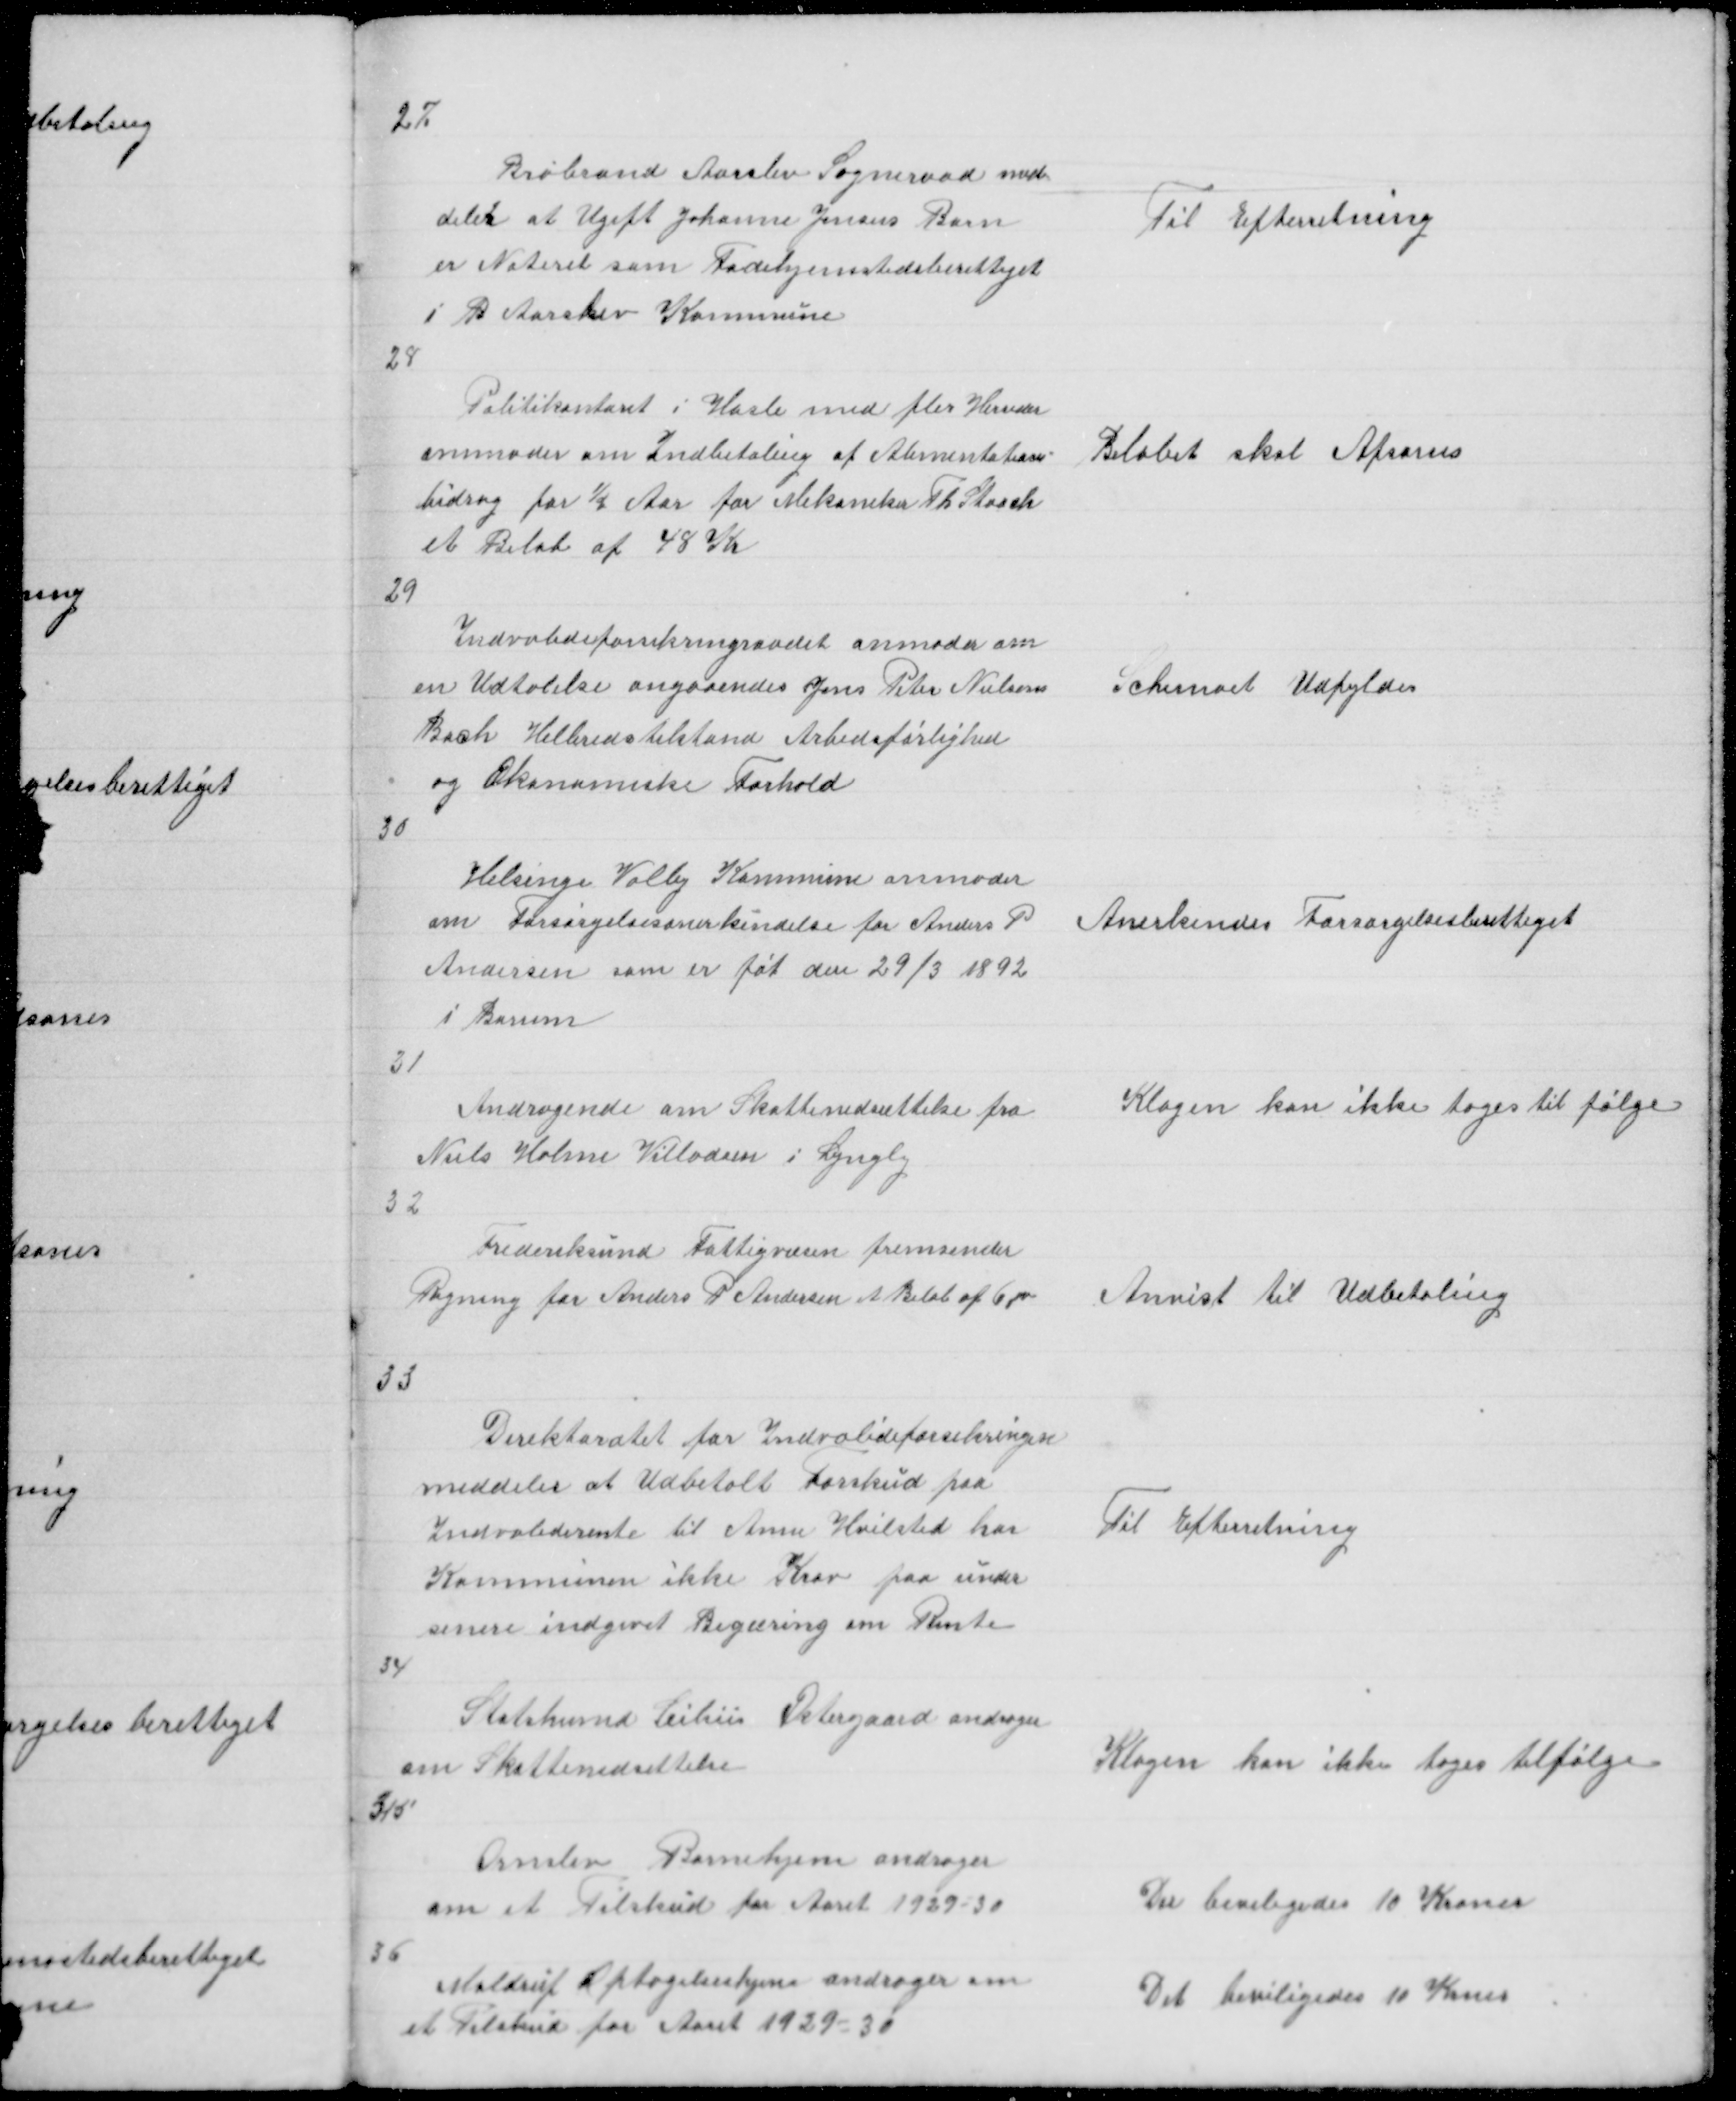
Transskription:
27

Brabrand Aarslev Sogneraad med =
deler at Ugift Johanne Jensns Barn
er Noteret som Fødehjemstedsberettiget
i B Aarslev Kommune

Til Efterretning

28

Politikontoret i Hasle med fler Herreder
anmoder om Indbetaling af Alimentation =
bidrag for ½ Aar for Mekaniker Th Staack
et Beløb af 48 Kr

Beløbet skal Afsones

29

Indvalideforsikringsraadet anmoder om
en Udtalelse angaaendes Jens Peter Nielsen
Bach Helbredstilstand Arbedsførlighed
og Økonomiske Forhold

Schemaet Udfyldes

30

Helsinge Valby Kommune anmoder
om Forsørgelsesanerkendelse for Anders P
Andersen som er føt den 29/3 1892
i Borum

Anerkendes Forsørgelsesberettiget

31

Andragende om Skattenedsættelse fra
Niels Holme Villadsen i Lyngby

Klagen kan ikke tages til følge

32

Frederiksund Fattigvæsen fremsender
Regning for Anders P Andersen et Beløb af 6,00

Anvist til Udbetaling

33

Direktoratet for Indvalideforsikringen
meddeler at Udbetalt Forskud paa
Indvaliderente til Anne Hvilsted har
Kommunen ikke Krav paa under
senere indgivet Begæring om Rente

Til Efterretning

34

Statshusnd Cilius Østergaard andrager
om Skattenedsættelse

Klagen kan ikke tages tilfølge

35

Ormslev Børnehjem andrager
om et Tilskud for Aaret 1929 = 30

Der beviligedes 10 Kroner

36

Møldrup Optagelseshjem andrager om
et Tilskud for Aaret 1929 - 30

Det beviligedes 10 Krner